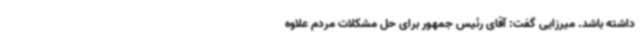
داشته باشد. میرزایی گفت: آقای رئیس جمهور برای حل مشکلات مردم علاوه